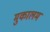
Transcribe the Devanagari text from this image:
मुकालम